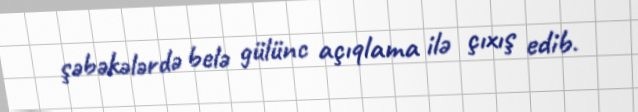
şəbəkələrdə belə gülünc açıqlama ilə çıxış edib.